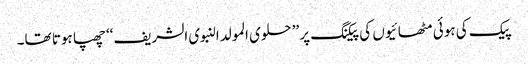
پیک کی ہوئی مٹھائیوں کی پیکنگ پر ’’حلوی المولدالنبوی الشریف‘‘ چھپا ہوتا تھا۔